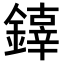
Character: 𨬟